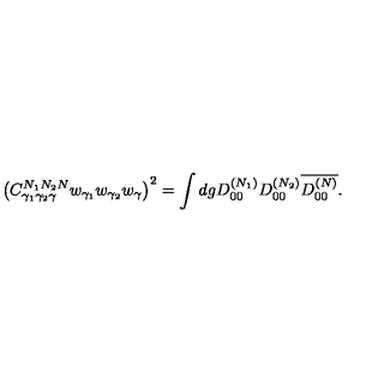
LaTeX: \nonumber \left( C _ { \gamma _ { 1 } \gamma _ { 2 } \gamma } ^ { N _ { 1 } N _ { 2 } N } w _ { \gamma _ { 1 } } w _ { \gamma _ { 2 } } w _ { \gamma } \right) ^ { 2 } = \int d g D _ { 0 0 } ^ { ( N _ { 1 } ) } D _ { 0 0 } ^ { ( N _ { 2 } ) } \overline { { D _ { 0 0 } ^ { ( N ) } } } .